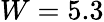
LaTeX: W=5.3